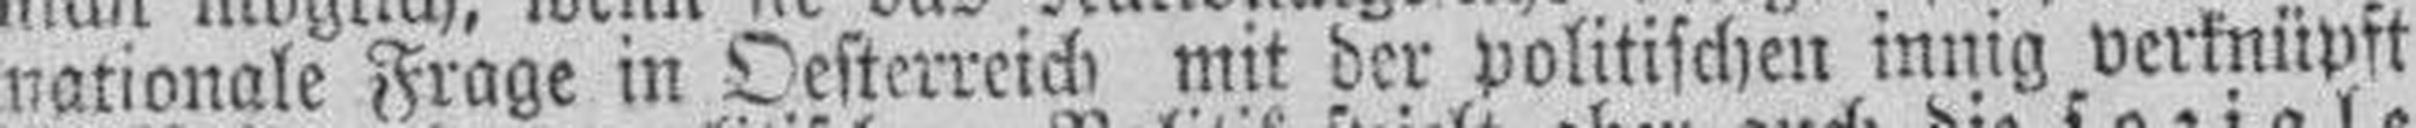
nationale Frage in Oesterreich mit der politischen innig verknüpft